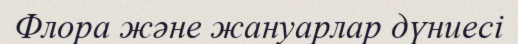
Флора және жануарлар дүниесі